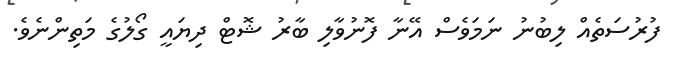
ފުރުސަތެއް ލިބުނު ނަމަވެސް އޭނާ ފޮނުވާލި ބާރު ޝޮޓް ދިޔައީ ގޯލުގެ މަތިންނެވެ.